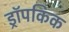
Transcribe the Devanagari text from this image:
ड्रॉपकिक